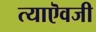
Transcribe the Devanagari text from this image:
त्याऎवजी